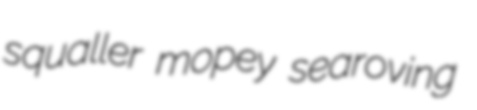
squaller mopey searoving